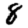
Digit: 8